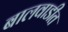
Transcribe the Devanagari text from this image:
बालवाडीत